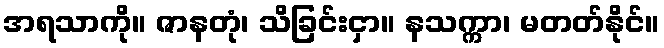
အရသာကို။ ဇာနတုံ၊ သိခြင်းငှာ။ နသက္ကာ၊ မတတ်နိုင်။